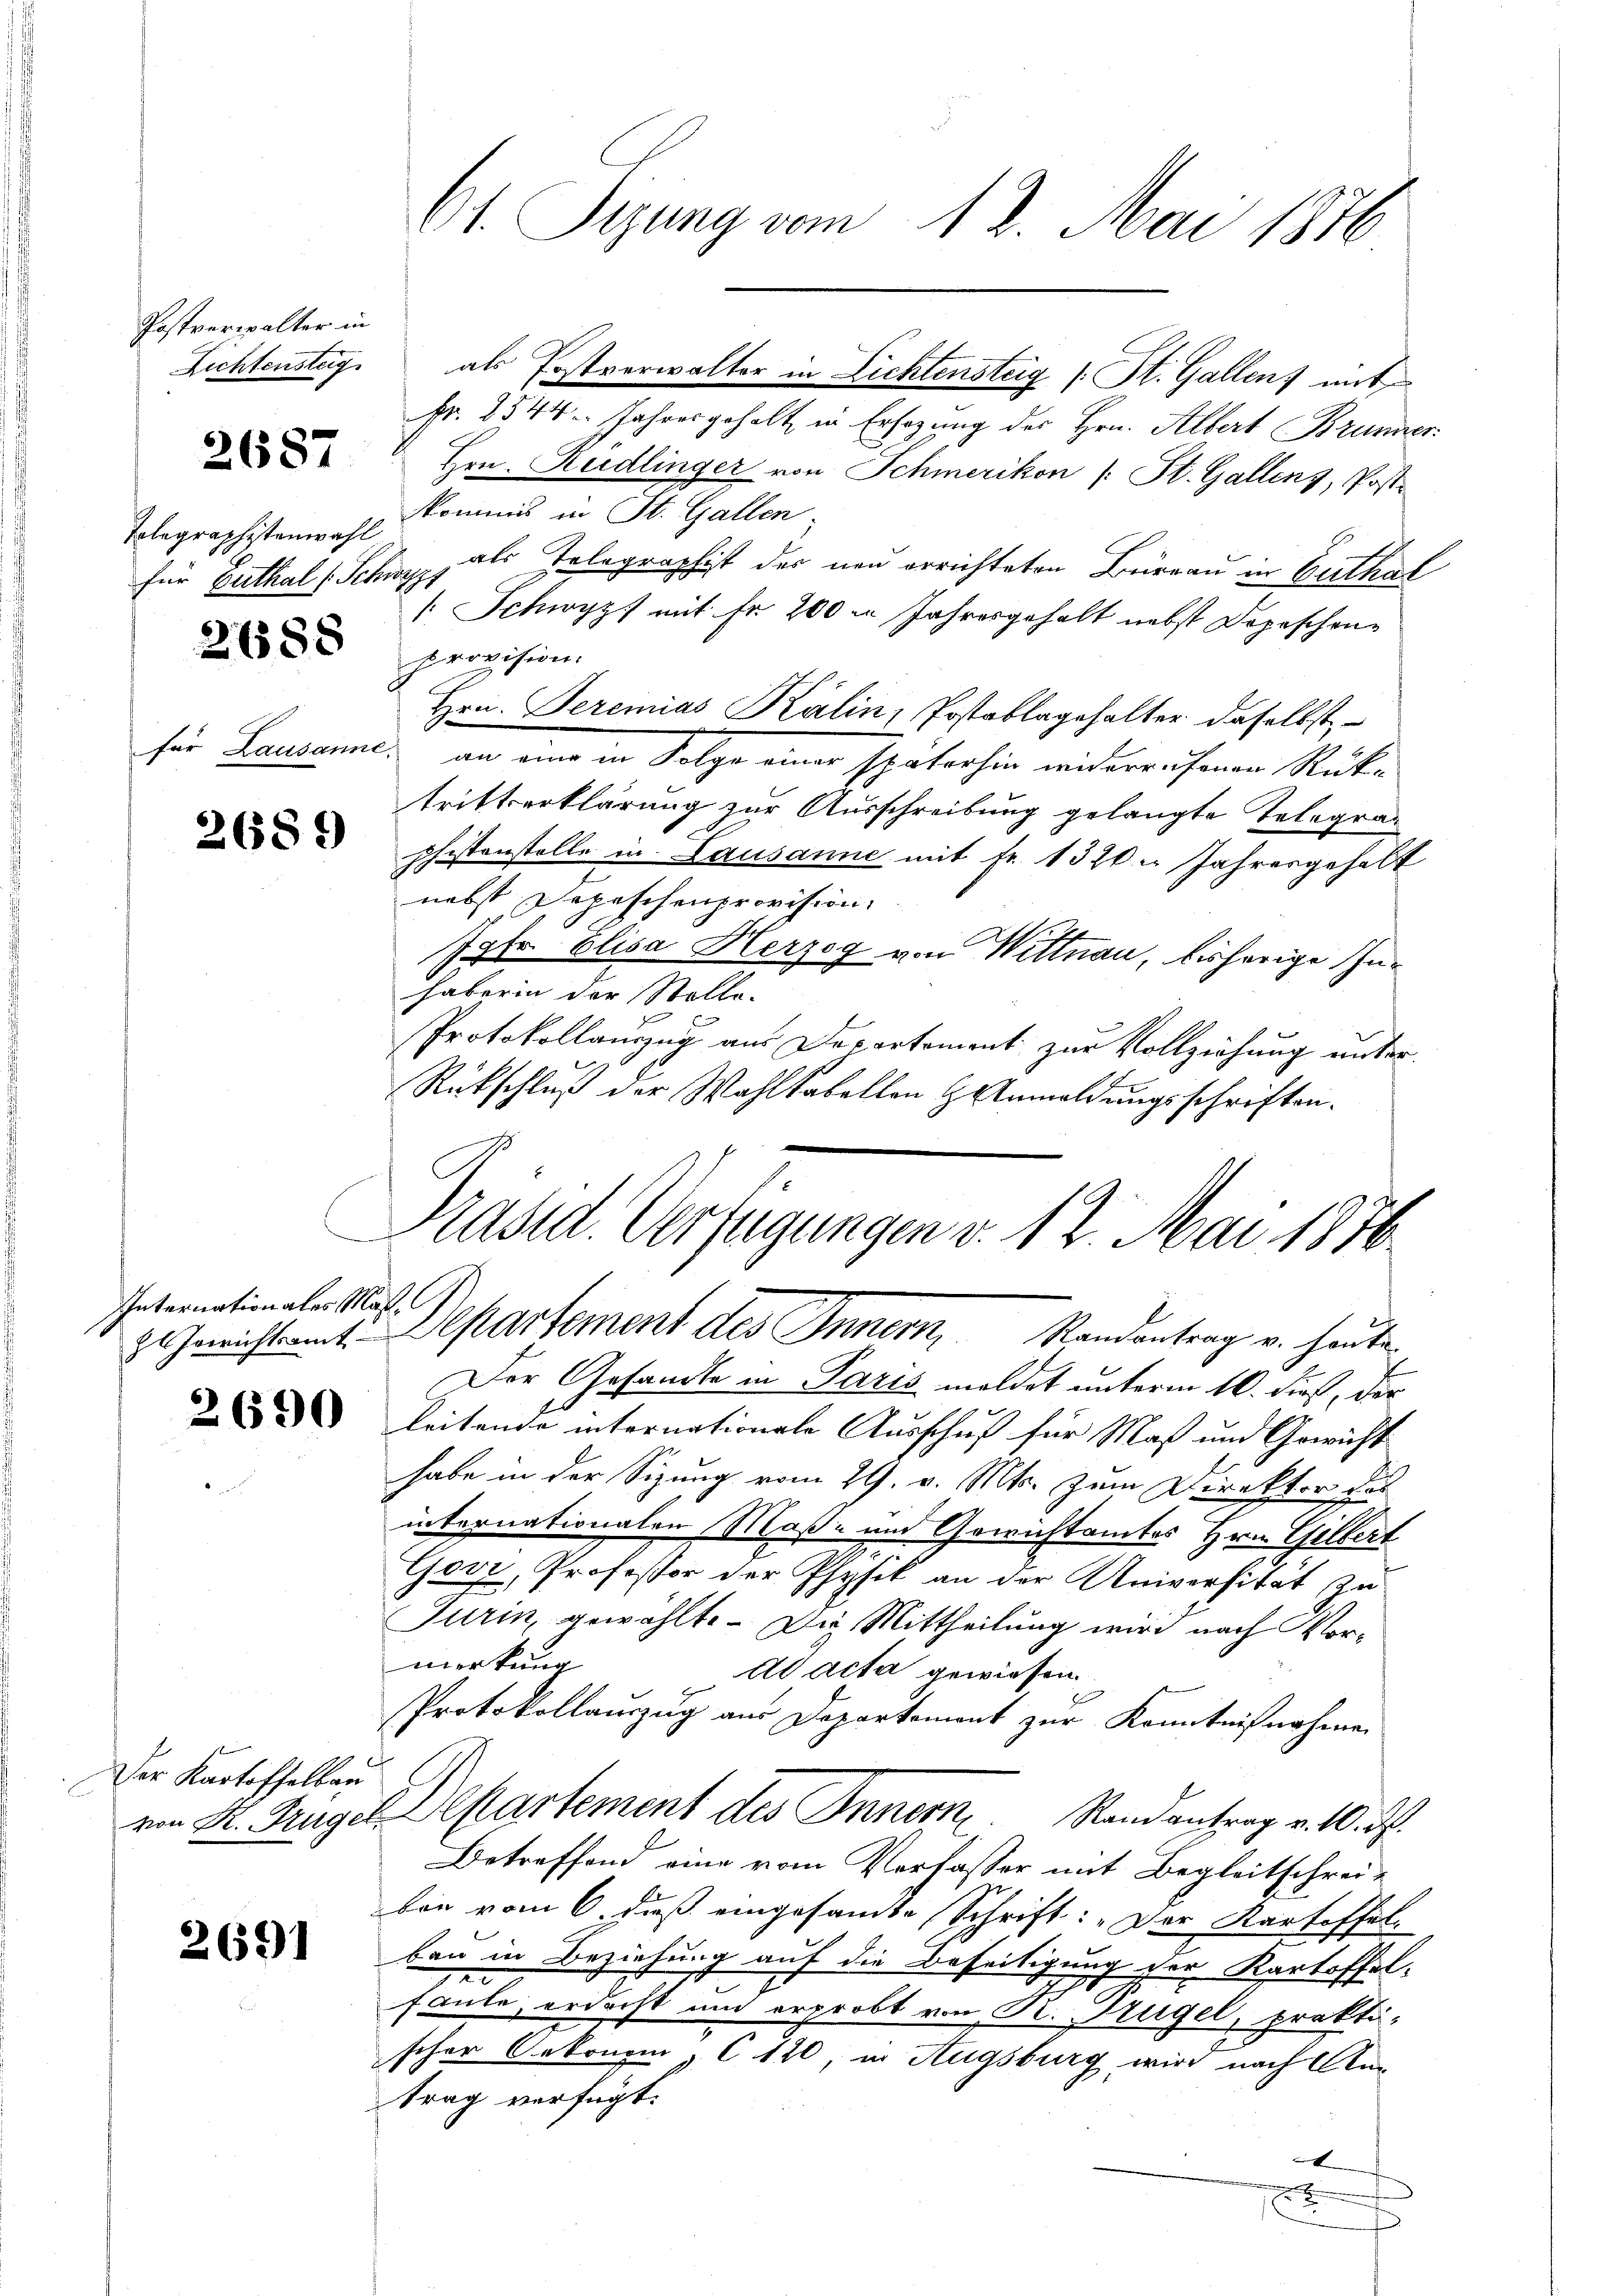
Postverwalter in
Richtensteig

2687

Telegraphistenwahl
für Guthal (Schwyz

2688

2689

Internationales Mad. 7.

Der Kartoffelbau

2691

61. Sizung vom 12. Mai 1876

Fr. 2544. Jahresgeholt in Ersezung des Hrn. Albert Brunner
Hrn. Rüdlinger von Schmerikon (: St. Gallens, Post-
Kommis in St. Gallen
als Telegraphist der neu errichteten Büreau in Guthat
/ Schwyz mit Fr. 200 m Jahresgehalt nebst Depeschenprovision.
Hrn. Peremias Kälin, Postablagehalter daselbst,
für Lausanne an eine in Folge einer späterhin wederrufenen Rüktrittserklärung zur Ausschreibung gelangte Telegraphistenstelle in Lausanne mit Fr. 1320. Jahresgehalt
nebst Pepeschenprovision.
Jgfr. Elisa Herzog von Wittnau, bisherige Inhaber in der Stelle-
Protokollauszug am Departement zur Vollziehung unter¬
Rückschluß der Wahltabellen Anmeldungsschriften.

als Postverwalter in Lichtensteig (: St. Gallen, mit

Präsid. Verfügungen v. 12. Mai 1876.
z. Gerichtsamt. Departement des Innern, Randontrag v. heute

Der Gesandte in Paris meldet unterm 10. dieß, der
  Leitende internationale Ausschuß für Maß und Gewicht
habe in der Sizung vom 29. v. Mts. zum Direkter das
internationalen Maß- und Gewichtamtes Hrn. Gilbert
Govz, Professor der Physik an der Universität zu
Turin, gewählt. Die Mittheilung wird nach Vormerkung
Ad acta gewiesen.
Protokollauszug aus Departemont zur Kenntnißnahme
von St. Gugel Departement des Innern Randantrag v. 10. d.
Betreffend eine vom Verfasser mit Begleitschreiben vom 6. daß eingesamte Schrift: „Der Kartoffelben in Beziehung auf die Beseitigung der Kartoffel-
72
faute, erdacht und erprobt von R. Trügel, prakti-
scher Oekonom, C 120, in Augsburg, wird nach Antrag verfügt:
x